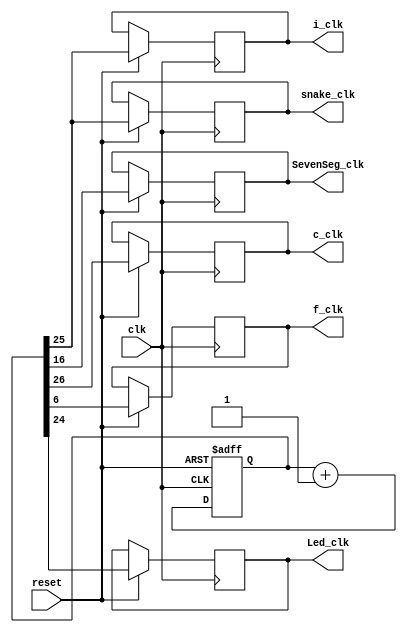
module clkDivider(f_clk, Led_clk, i_clk, snake_clk, c_clk, SevenSeg_clk, clk, reset);
input clk, reset;
output reg Led_clk, i_clk, snake_clk, SevenSeg_clk, c_clk, f_clk;
reg [26:0] Hz1;
always @(posedge clk or negedge reset)
begin
    if(!reset)
    begin
        Hz1 <= 0;
    end
    else
    begin
        Hz1 <= Hz1 + 27'b1;
        c_clk <= Hz1[26];
        snake_clk <= Hz1[25];
        i_clk <= Hz1[25];
        SevenSeg_clk <= Hz1[16];
        Led_clk <= Hz1[24];
        f_clk <= Hz1[6];
    end
end
endmodule